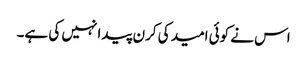
اس نے کوئی امید کی کرن پیدا نہیں کی ہے۔